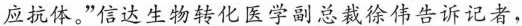
应抗体。”信达生物转化医学副总裁徐伟告诉记者，